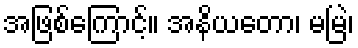
အဖြစ်ကြောင့်။ အနိယတော၊ မမြဲ၊